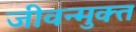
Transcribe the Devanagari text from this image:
जीवन्‍मुक्‍त